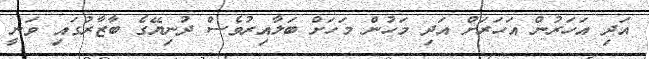
އަދި އަހަރުން އަހަރަށް އަދި މަހުން މަހަށް ބަލާއިރުވެސް ދުނިޔޭގެ ބާޒާރުގައި ވަނީ